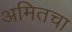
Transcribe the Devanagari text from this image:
अमितचा